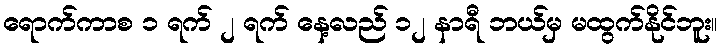
ရောက်ကာစ ၁ ရက် ၂ ရက် နေ့လည် ၁၂ နာရီ ဘယ်မှ မထွက်နိုင်ဘူး။